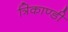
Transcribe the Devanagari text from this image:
त्रिकाण्डी